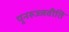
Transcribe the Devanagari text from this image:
पुनरुज्जवीति